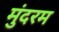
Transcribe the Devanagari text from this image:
मुंदरम